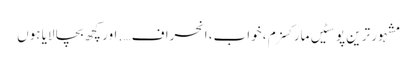
مشہور ترین پوسٹیں	مارکسزم ، خواب، انحراف …. اور کچھ بچا لایا ہوں